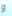
و